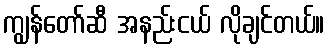
ကျွန်တော်ဆီ အနည်းငယ် လိုချင်တယ်။